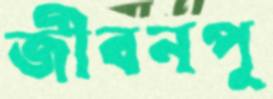
জীবনপু